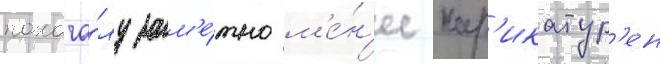
понача́лу зам'е́тно м'е́н'ее кар'икатур'ен